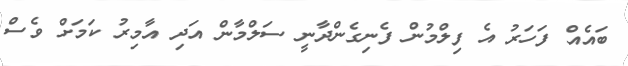
ބައެއް ފަހަރު އެ ފިލްމުން ފެނިގެންދާނީ ސަލްމާން އަދި އާމިރު ކަމަށް ވެސް